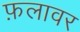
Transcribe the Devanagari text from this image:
फ़लावर